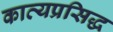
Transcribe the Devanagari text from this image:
काव्यप्रसिद्ध